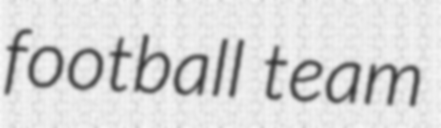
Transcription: football team